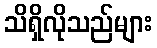
သိရှိလိုသည်များ